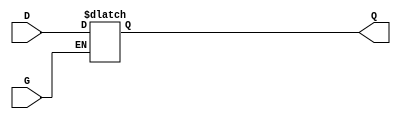
module AsyncGatedLatch (
    input wire D,      // Data Input
    input wire G,      // Gate/Enable Signal
    output reg Q       // Stored Output
);

// Always block that triggers when G or D changes
always @(*) begin
    if (G) begin
        Q <= D;       // When G is high, follow the input D
    end
    // When G is low, Q retains its previous value and does not change
end

endmodule